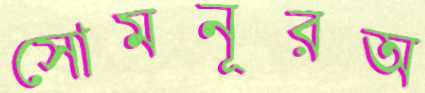
সোমনূরঅ